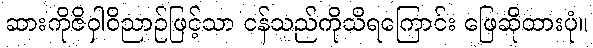
ဆားကိုဇိဝှါဝိညာဉ်ဖြင့်သာ ငန်သည်ကိုသိရကြောင်း ဖြေဆိုထားပုံ။